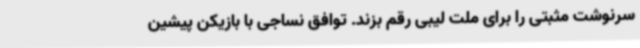
سرنوشت مثبتی را برای ملت لیبی رقم بزند. توافق نساجی با بازیکن پیشین